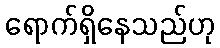
ရောက်ရှိနေသည်ဟု